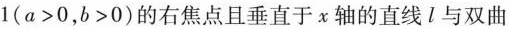
1($$a>0$$，$$b>0$$)的右焦点且垂直于x轴的直线l与双曲